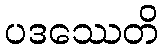
ပဒဿေတိ